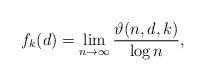
\begin{align*} f_k(d)=\lim_{n\rightarrow \infty}\frac{\vartheta(n,d,k)}{\log n},\end{align*}